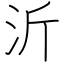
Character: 沂